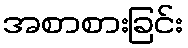
အစာစားခြင်း